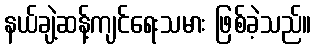
နယ်ချဲ့ဆန့်ကျင်ရေးသမား ဖြစ်ခဲ့သည်။